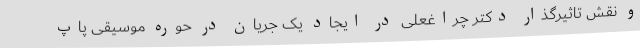
و نقش تاثیرگذار دکتر چراغعلی در ایجاد یک جریان در حوره موسیقی پاپ